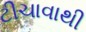
ટીચાવાથી